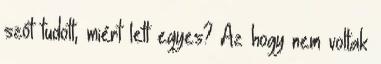
szót tudott, miért lett egyes? Az hogy nem voltak